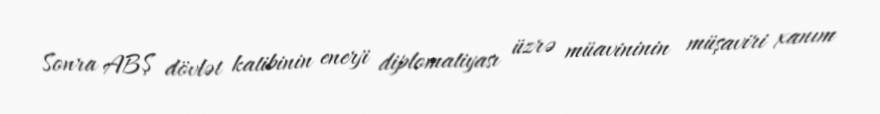
Sonra ABŞ dövlət katibinin enerji diplomatiyası üzrə müavininin müşaviri xanım